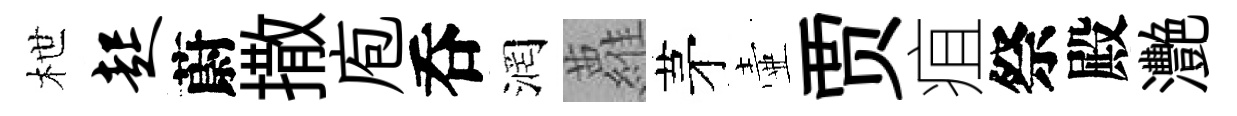
枻起蔚撒庖呑润蘿茅壷贾疽祭殿灧